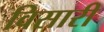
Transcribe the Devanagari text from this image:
विसारी